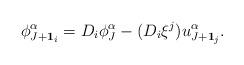
LaTeX: \begin{align*}\phi^{\alpha}_{J+\bold{1}_i}=D_i\phi_J^{\alpha}-(D_i\xi^j)u_{J+\bold{1}_j}^{\alpha}.\end{align*}